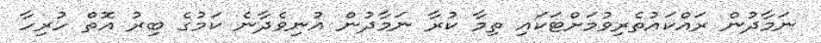
ނަމާދުން ރައްކައުތެރިވުމަށްޓަކައި ތިމާ ކުރާ ނަމާދުން އުނިވެދާނެ ކަމުގެ ބިރު އޮތް ހުރިހާ